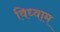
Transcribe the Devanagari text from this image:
विध्वाम